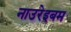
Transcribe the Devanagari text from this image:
नाउरेइबम